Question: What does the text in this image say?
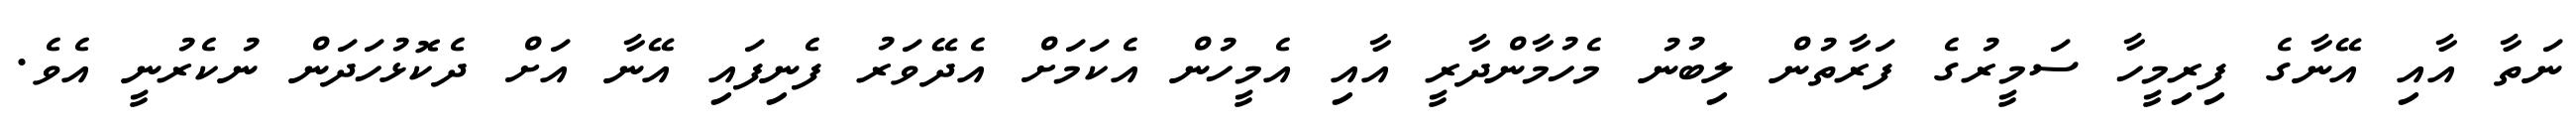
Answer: ނަތާ އާއި އޭނާގެ ފިރިމީހާ ސަމީރުގެ ފަރާތުން ލިބުނު މެހުމާންދާރީ އާއި އެމީހުން އެކަމަށް އެދޭވަރު ފެނިފައި އޭނާ އަށް ދެކޮޅުހަދަން ނުކެރުނީ އެވެ.